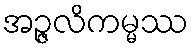
အဉ္ဇလိကမ္မဿ